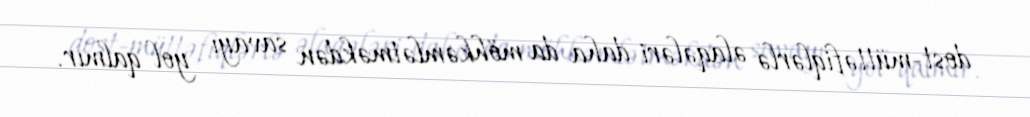
dost-müttəfiqlərlə əlaqələri daha da möhkəmlətməkdən savayı yol qalmır.